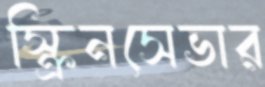
স্ক্রিনসেভার